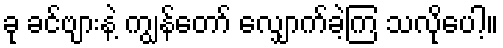
ခု ခင်ဗျားနဲ့ ကျွန်တော် လျှောက်ခဲ့ကြ သလိုပေါ့။